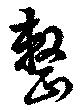
整